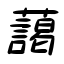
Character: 藹